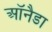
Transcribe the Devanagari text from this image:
ऑनैडा